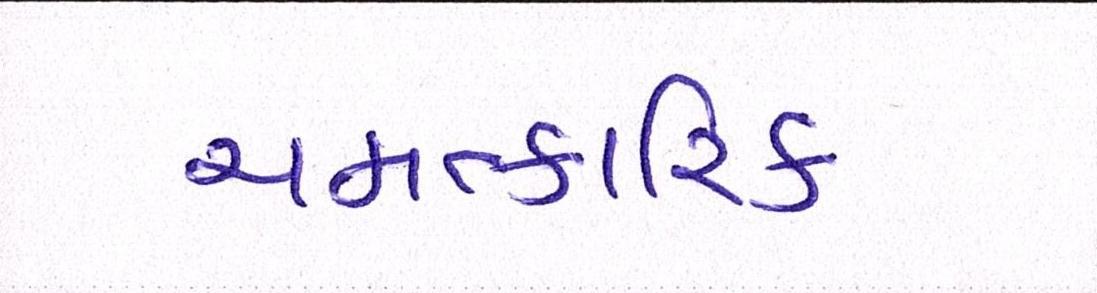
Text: ચમત્કારિક